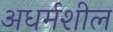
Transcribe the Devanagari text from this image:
अधर्मशील